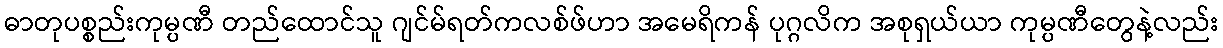
ဓာတုပစ္စည်းကုမ္ပဏီ တည်ထောင်သူ ဂျင်မ်ရတ်ကလစ်ဖ်ဟာ အမေရိကန် ပုဂ္ဂလိက အစုရှယ်ယာ ကုမ္ပဏီတွေနဲ့လည်း